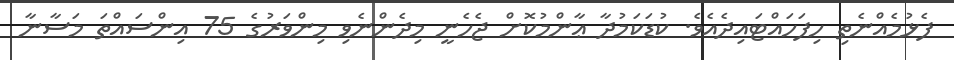
ފެޅުމެއްނެތި ހިފަހައްޓައިދެއެވެ. ކުޑަކަމުދާ ޢާންމުކޮށް ޖެހެނީ މިދެންނެވި މިންވަރުގެ 75 އިންސައްތަ މަސާނާ